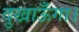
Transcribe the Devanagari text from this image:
दुखाऊँगा।